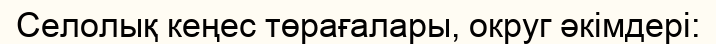
Селолық кеңес төрағалары, округ әкімдері: